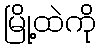
မြို့ထဲကို